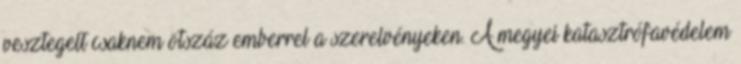
vesztegelt csaknem ötszáz emberrel a szerelvényeken. A megyei katasztrófavédelem